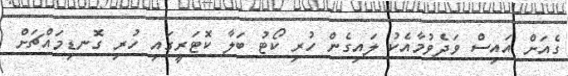
ގެއަށް އައިސް ވަދެވުމާއެކު ލައިގެން ހުރި ކޯޓު ބަލާ ކޮޓަރީގައި ހުރި ގޮނޑިމައްޗަށް